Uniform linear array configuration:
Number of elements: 12
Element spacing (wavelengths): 0.75
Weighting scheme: hann
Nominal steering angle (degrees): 15
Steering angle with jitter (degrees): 14.448
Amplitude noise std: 0.05
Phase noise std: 0.05

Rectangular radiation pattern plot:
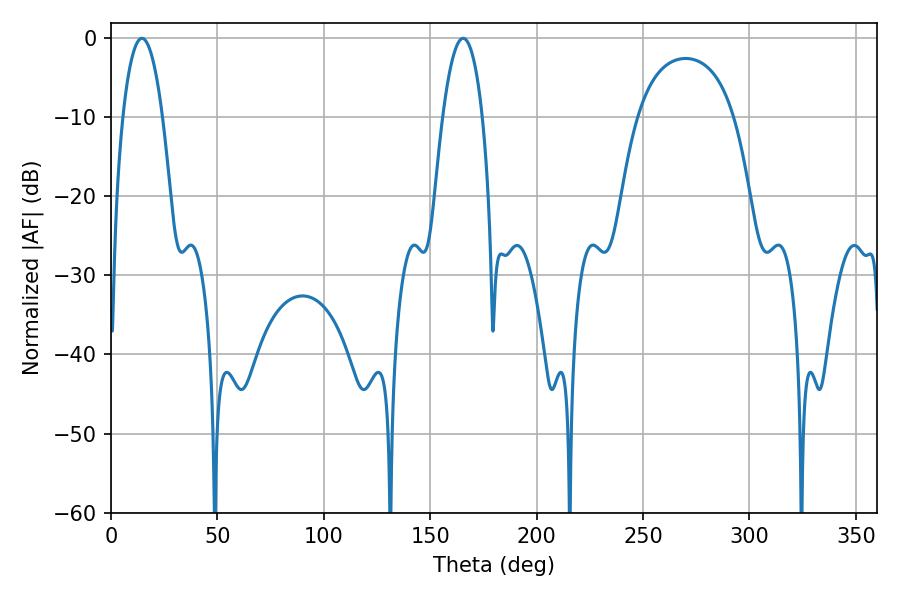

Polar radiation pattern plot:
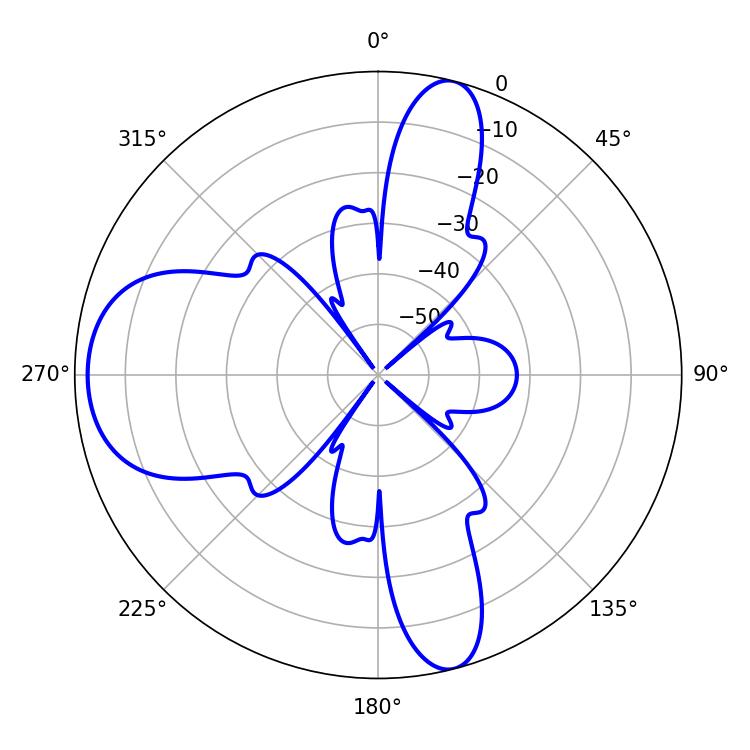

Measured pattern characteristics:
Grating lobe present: TRUE
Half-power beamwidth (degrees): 10.44
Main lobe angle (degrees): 165.42